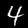
Digit: 4